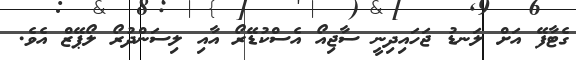
ގެޓާފޭ އަށް ލަނޑު ޖަހައިދިނީ ސާޖިއޯ އެސްކުޑޭރޯ އާއި ލިސަންދުރޯ ލޯޕޭޒް އެވެ.